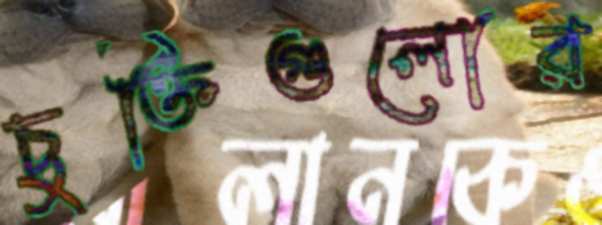
চুক্তিগুলোর